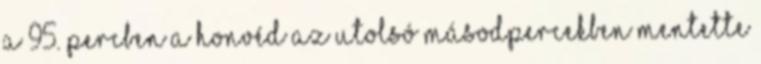
a 95. percben A Honvéd az utolsó másodpercekben mentette